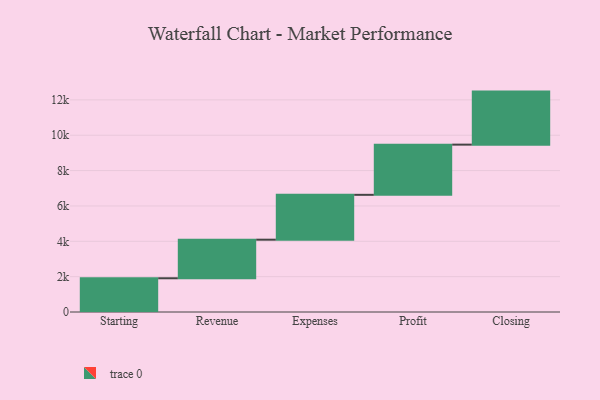
{"axis": {"x": "Step", "y": "Value"}, "legend": [""], "data": [{"x": "Starting", "y": 1908.0, "type": ""}, {"x": "Revenue", "y": 2183.0, "type": ""}, {"x": "Expenses", "y": 2538.0, "type": ""}, {"x": "Profit", "y": 2840.0, "type": ""}, {"x": "Closing", "y": 3000, "type": ""}]}